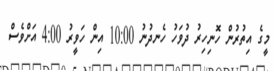
މީގެ އިތުރުން ހޮނިހިރު ދުވަހު ހެނދުނު 10:00 އިން ހަވީރު 4:00 އަށްވެސް